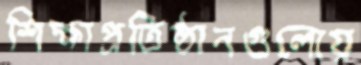
শিক্ষাপ্রতিষ্ঠানগুলোয়